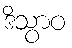
ဒိသွာဝ